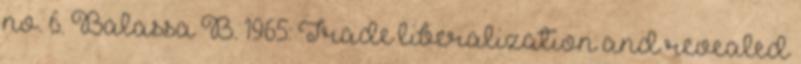
no. 6. Balassa B. 1965: Trade liberalization and revealed